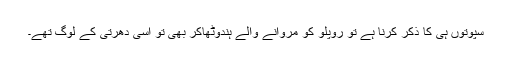
سپوتوں ہی کا ذکر کرنا ہے تو روپلو کو مروانے والے ہندوٹھاکر بھی تو اسی دھرتی کے لوگ تھے۔